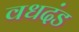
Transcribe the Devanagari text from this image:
वधदंड